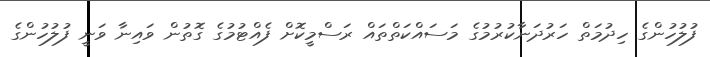
ފުލުހުންގެ ހިދުމަތް ހަރުދަނާކުރުމުގެ މަސައްކަތްތައް ރަސްމީކޮށް ފެއްޓުމުގެ ގޮތުން ވައިނާ ވަނީ ފުލުހުންގެ